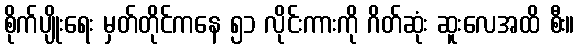
စိုက်ပျိုးရေး မှတ်တိုင်ကနေ ၅၁ လိုင်းကားကို ဂိတ်ဆုံး ဆူးလေအထိ စီး။